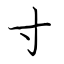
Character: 寸